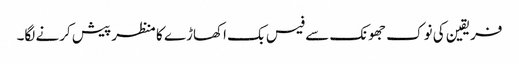
فریقین کی نوک جھونک سے فیس بک اکھاڑے کا منظر پیش کرنے لگا۔